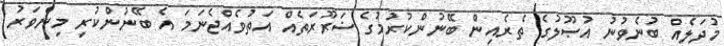
މުދަލެއް ބުނެވުނު އުޞޫލުގެ ތެރެއިން ބޭނުންކުރުމުގެ ޟަރޫރަތެއް އަތުވެއްޖެނަމަ އެ ބޭނުންކުރި މިންވަރު